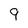
Character: 9